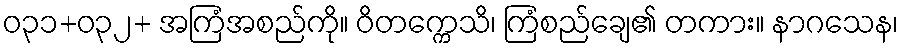
ဝ၃၁+ဝ၃၂+ အကြံအစည်ကို။ ဝိတက္ကေသိ၊ ကြံစည်ချေ၏ တကား။ နာဂသေန၊